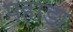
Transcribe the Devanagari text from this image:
पहाडा